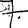
Digit: 7